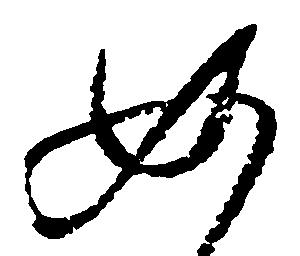
如